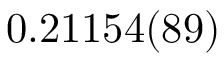
0 . 2 1 1 5 4 ( 8 9 )